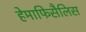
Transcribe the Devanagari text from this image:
हेमाफिसैलिस